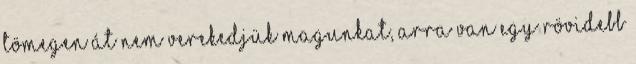
tömegen át nem verekedjük magunkat, arra van egy rövidebb